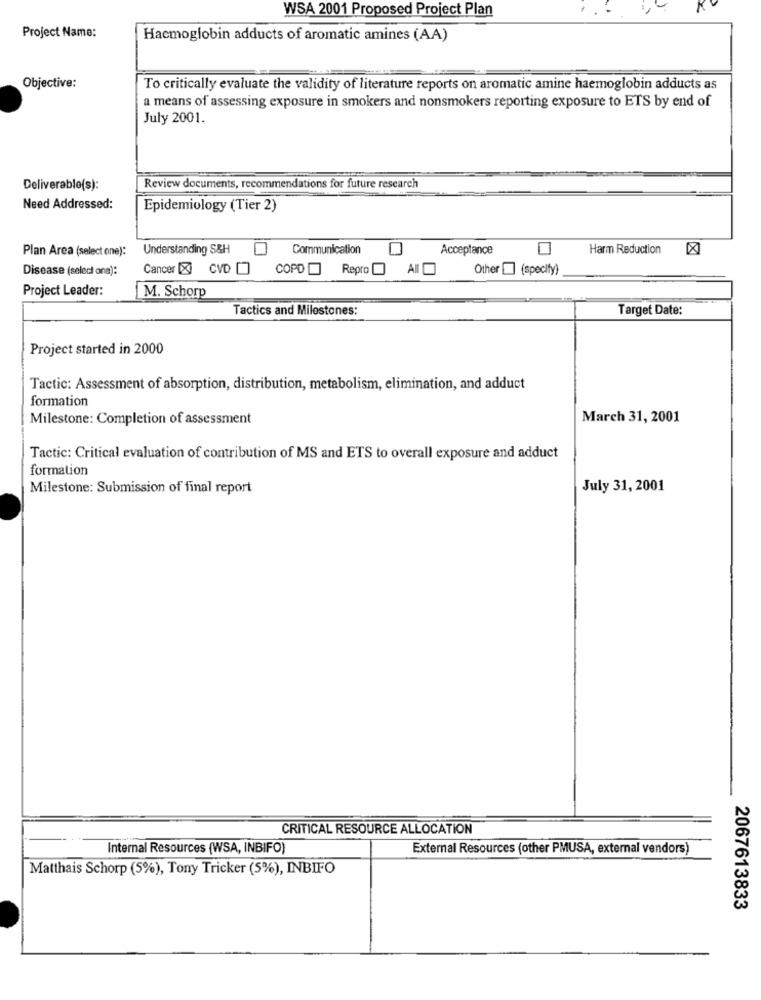
WSA 2001 Proposed Project Plan
Project Name:
Haemoglobin adducts of aromatic amines (AA)
Objective:
To critically evaluate the validity of literature reports on aromatic amine haemoglobin adducts as
a means of assessing exposure in smokers and nonsmokers reporting exposure to ETS by end of
July 2001.
Deliverable(s):
Review documents, recommendations for future research
Need Addressed:
Epidemiology (Tier 2)
Plan Area (select one):
Understanding S&H
Communication
Acceptance
Harm Reduction
Disease (select one):
Cancer [X] CVD
COPD Repro
Other [] (specify)
Project Leader:
M. Schorp
Tactics and Milestones:
Target Date:
Project started in 2000
Tactic: Assessment of absorption, distribution, metabolism, elimination, and adduct
formation
Milestone: Completion of assessment
March 31, 2001
Tactic: Critical evaluation of contribution of MS and ETS to overall exposure and adduct
formation
Milestone: Submission of final report
July 31, 2001
CRITICAL RESOURCE ALLOCATION
Internal Resources (WSA, INBIFO)
External Resources (other PMUSA, external vendors)
Matthais Schorp (5%), Tony Tricker (5%), INBIFO
2067613833